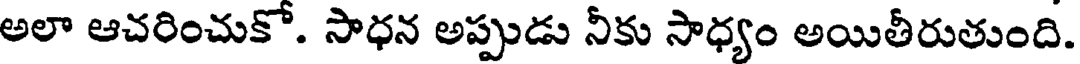
అలా ఆచరించుకో. సాధన అప్పుడు నీకు సాధ్యం అయితీరుతుంది.